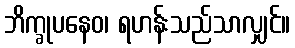
ဘိက္ခုပနေဝ၊ ရဟန်းသည်သာလျှင်။